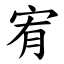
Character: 宥